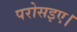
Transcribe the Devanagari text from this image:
परोसइए।